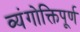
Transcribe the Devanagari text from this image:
व्यंगोक्तिपूर्ण